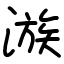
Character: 㵀